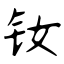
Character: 钕